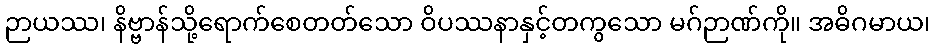
ဉာယဿ၊ နိဗ္ဗာန်သို့ရောက်စေတတ်သော ဝိပဿနာနှင့်တကွသော မဂ်ဉာဏ်ကို။ အဓိဂမာယ၊